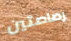
رصاصتين